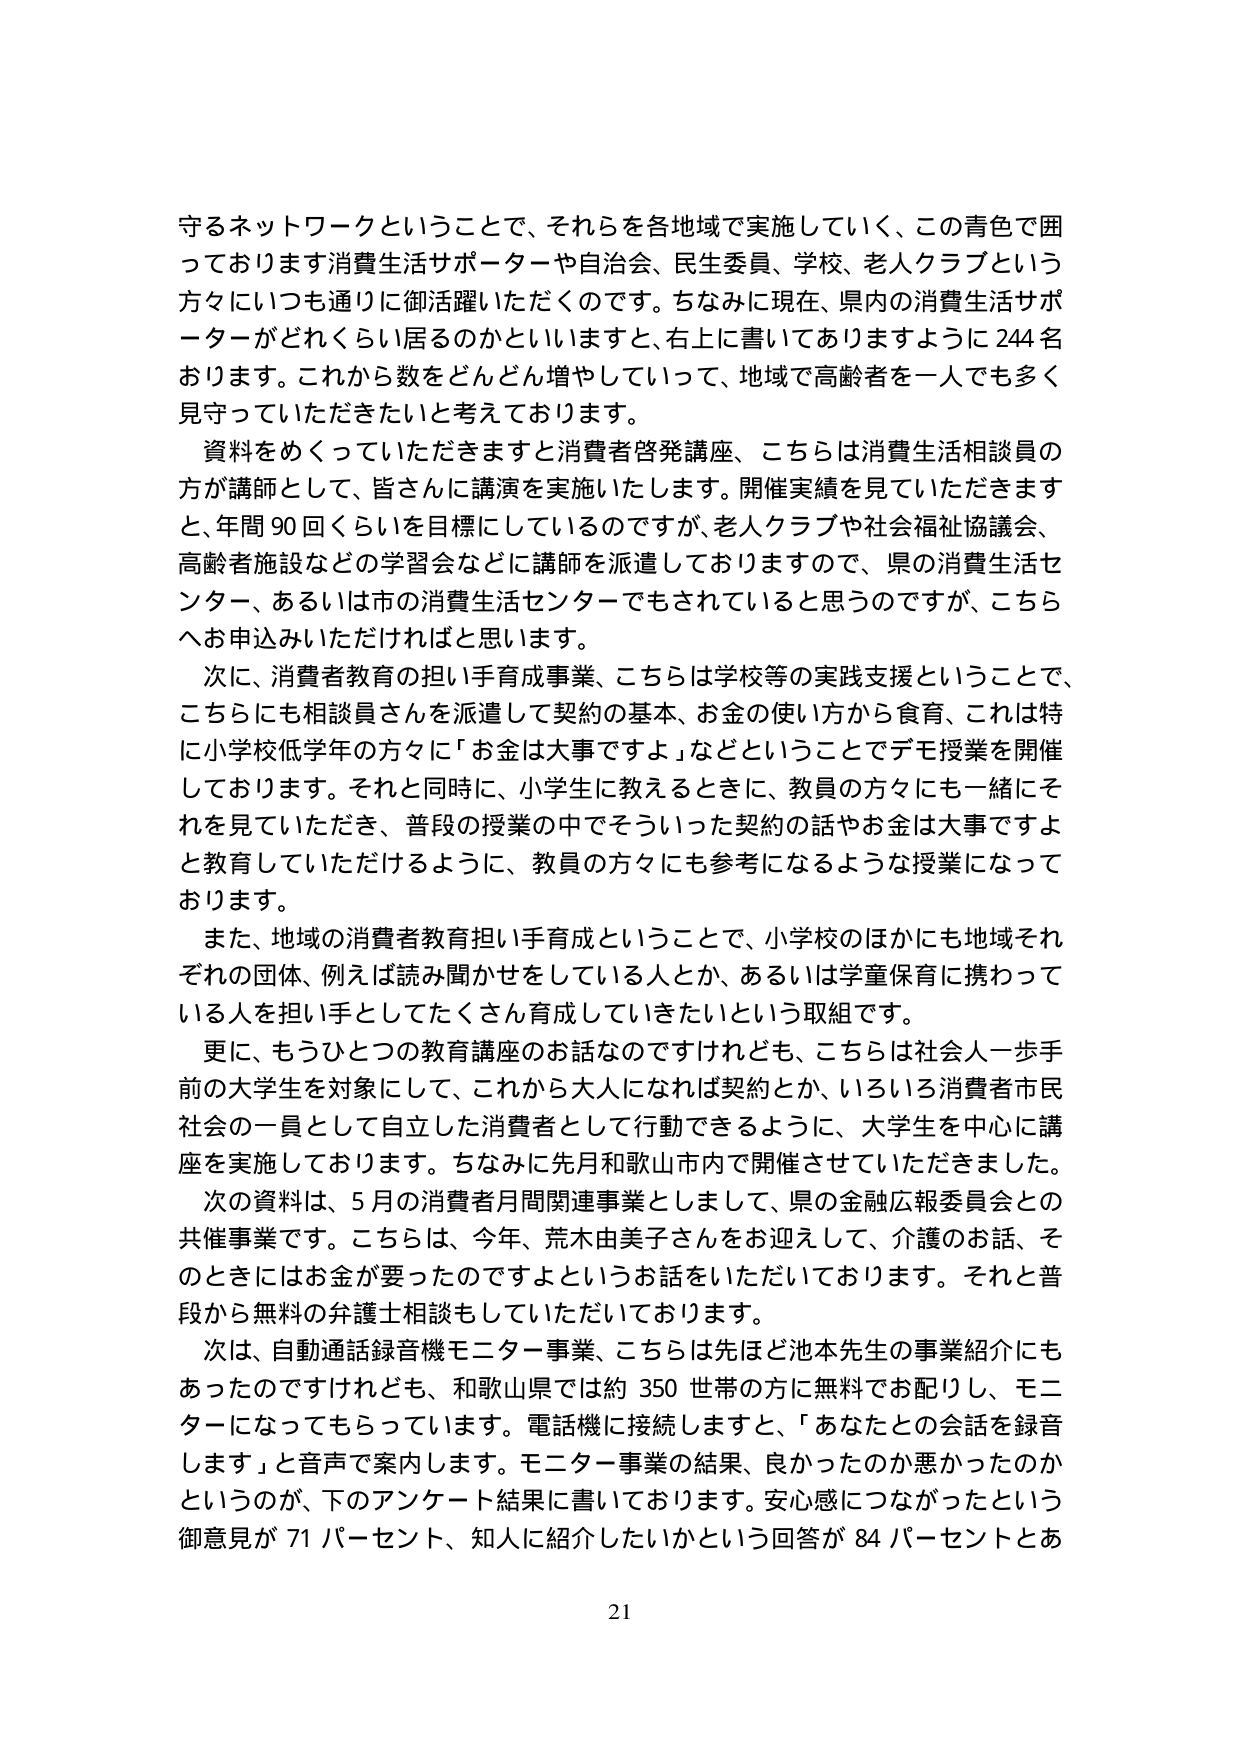
守るネットワークということで、それらを各地域で実施していく、この青色で囲っております消費生活サポーターや自治会、民生委員、学校、老人クラブという方々にいつも通りに御活躍いただくのです。ちなみに現在、県内の消費生活サポーターがどれくらい居るのかといいますと、右上に書いてありますように244名おります。これから数をどんどん増やしていって、地域で高齢者を一人でも多く見守っていただきたいと考えております。

資料をめくっていただきますと消費者啓発講座、こちらは消費生活相談員の方が講師として、皆さんに講演を実施いたします。開催実績を見ていただきますと、年間90回くらいを目標にしているのですが、老人クラブや社会福祉協議会、高齢者施設などの学習会などに講師を派遣しておりますので、県の消費生活センター、あるいは市の消費生活センターでもされていると思うのですが、こちらへお申込みいただければと思います。

次に、消費者教育の担い手育成事業、こちらは学校等の実践支援ということで、こちらにも相談員さんを派遣して契約の基本、お金の使い方から食育、これは特に小学校低学年の方々に「お金は大事ですよ」などということでデモ授業を開催しております。それと同時に、小学生に教えるときに、教員の方々にも一緒にそれを見ていただき、普段の授業の中でそういった契約の話やお金は大事ですよと教育していただけるように、教員の方々にも参考になるような授業になっております。

また、地域の消費者教育担い手育成ということで、小学校のほかにも地域それぞれの団体、例えば読み聞かせをしている人とか、あるいは学童保育に携わっている人を担い手としてたくさん育成していきたいという取組です。

更に、もうひとつの教育講座のお話なのですが、こちらは社会人一歩手前の大学生を対象にして、これから大人になれば契約とか、いろいろ消費者市民社会の一員として自立した消費者として行動できるように、大学生を中心に講座を実施しております。ちなみに先月和歌山市内で開催させていただきました。

次の資料は、5月の消費者月間関連事業としまして、県の金融広報委員会との共催事業です。こちらは、今年、荒木由美子さんをお迎えして、介護のお話、そのときにはお金が要ったのですよというお話をいただいております。それと普段から無料の弁護士相談もしていただいております。

次は、自動通話録音機モニター事業、こちらは先ほど池本先生の事業紹介にもあったのですけれども、和歌山県では約350世帯の方に無料でお配りし、モニターになってもらっています。電話機に接続しますと、「あなたとの会話を録音します」と音声で案内します。モニター事業の結果、良かったのか悪かったのかというのが、下のアンケート結果に書いております。安心感につながったという御意見が71パーセント、知人に紹介したいかという回答が84パーセントとあ

21